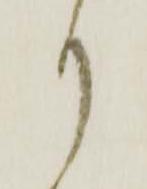
り